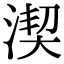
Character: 𣸲